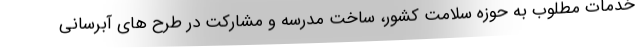
خدمات مطلوب به حوزه سلامت کشور، ساخت مدرسه و مشارکت در طرح های آبرسانی